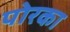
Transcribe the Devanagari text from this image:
पोरका